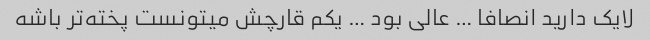
لایک دارید انصافا … عالی بود … یکم قارچش میتونست پخته‌تر باشه